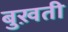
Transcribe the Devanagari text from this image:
बुख़ती